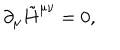
\partial _ { \mu } \tilde { H } ^ { \mu \nu } = 0 ,